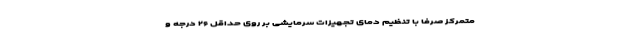
متمرکز صرفاً با تنظیم دمای تجهیزات سرمایشی بر روی حداقل ۲۶ درجه و